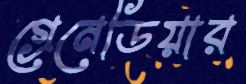
গ্রেনেডিয়ার